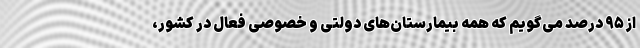
از ۹۵ درصد می‌گویم که همه بیمارستان‌های دولتی و خصوصی فعال در کشور،